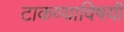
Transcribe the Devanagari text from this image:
टाकण्याविषयीं